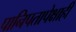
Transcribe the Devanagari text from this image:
पानिपतापेक्षाही